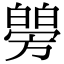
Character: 𤾜